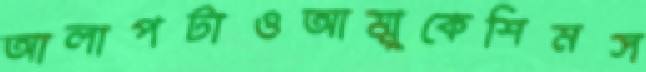
আলাপটাওআম্মুকেশিমস